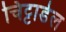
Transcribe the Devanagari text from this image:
चिट्टाडेल